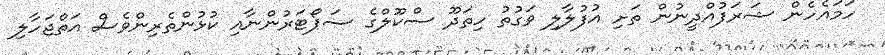
ހަމައެހެން ޝަރަފުއްދީނުން ތަށި އުފުލާލި ވަގުތު ހިތަދޫ ސްކޫލްގެ ސަޕޯޓަރުންނާއި ކުޅުންތެރިންވެެސް އަތްޖަހާލި